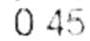
0.45